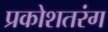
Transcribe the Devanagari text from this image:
प्रकोशतरंग